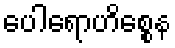
ပေါရောဟိစ္စေန